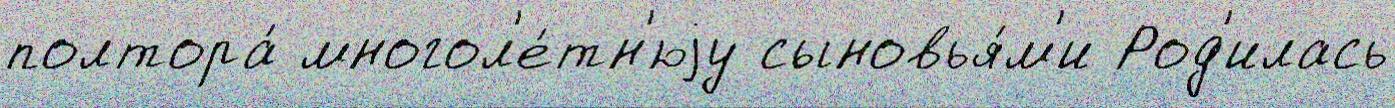
полтора́ многол'е́тн'юjу сыновья́м'и Род'илась